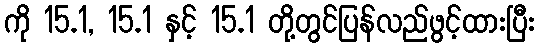
ကို 15.1, 15.1 နှင့် 15.1 တို့တွင်ပြန်လည်ဖွင့်ထားပြီး